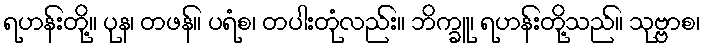
ရဟန်းတို့။ ပုန၊ တဖန်။ ပရံစ၊ တပါးတုံလည်း။ ဘိက္ခူ၊ ရဟန်းတို့သည်။ သုဗ္ဗာစ၊